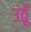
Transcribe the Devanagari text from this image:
उठूँ